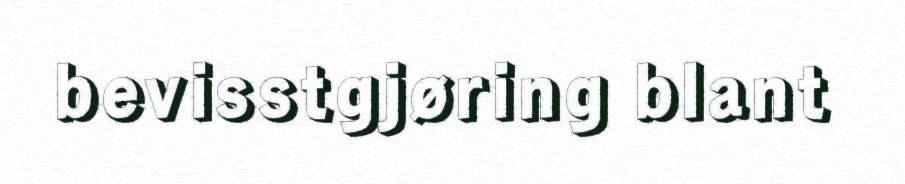
bevisstgjøring blant